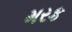
મરક